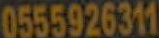
0555926311